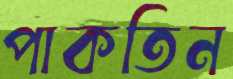
পাকতিন